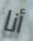
أنا